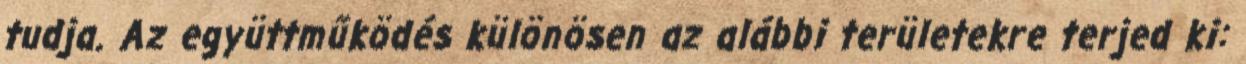
tudja. Az együttműködés különösen az alábbi területekre terjed ki: